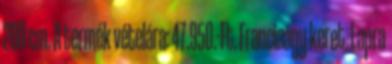
200 cm. A termék vételára: 47.950.-Ft. Franciaágy keret. Lapra